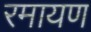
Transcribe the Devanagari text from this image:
रमायण